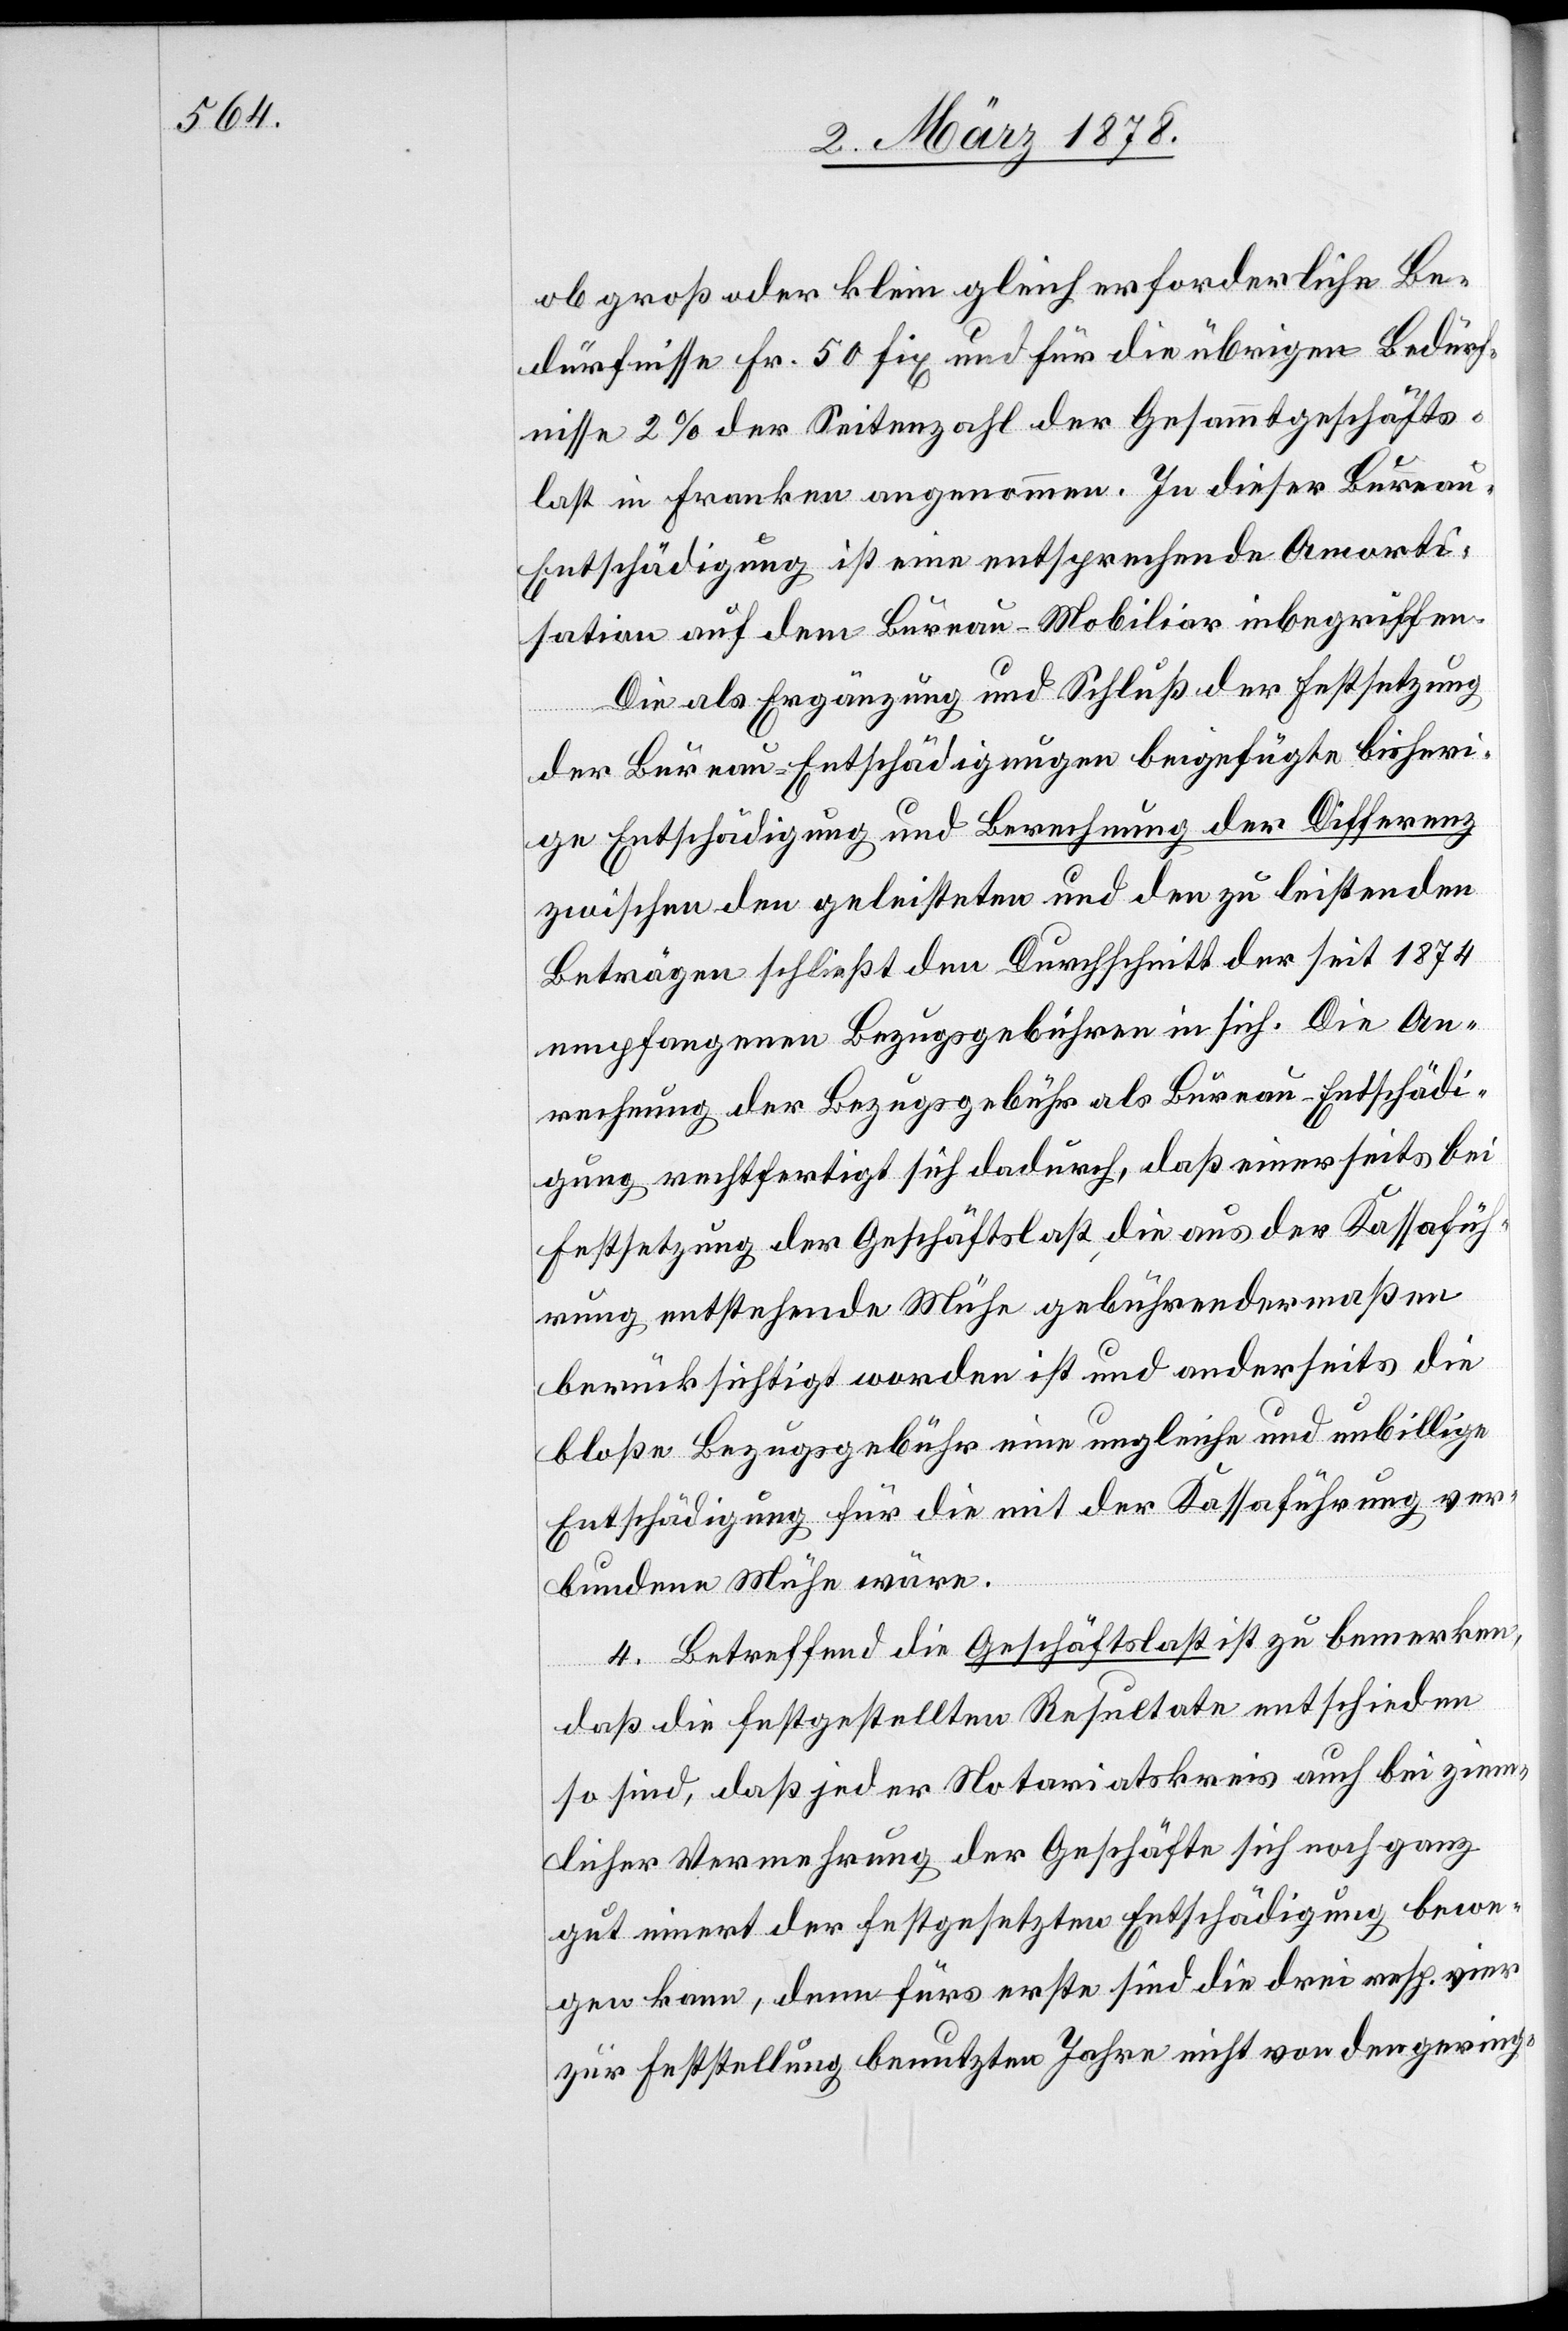
ob groß oder klein gleich erforderliche Be¬
dürfnisse Fr. 50 fix und für die übrigen Bedürf¬
nisse 2% der Seitenzahl der Gesammtgeschäfts¬
last in Franken angenommen. In dieser Burea¬
u-Entschädigung ist eine entsprechende Amorti¬
sation auf dem Bureau-Mobiliar inbegriffen.
Die als Ergänzung und Schluß der Festsetzung
der Bureau-Entschädigungen beigefügten bisheri¬
ge Entschädigung und Berechnung der Differenz
zwischen dem geleisteten und den zu leistenden
Beträgen schließt den Durchschnitt der seit 1874
empfangenen Bezugsgebühren in sich. Die An¬
rechnung der Bezugsgebühr als Bureau-Entschädi¬
gung rechtfertigt sich dadurch, daß einerseits bei
Festsetzung der Geschäftslast, die aus der Kassafüh¬
rung entstehende Mühe gebührendermaßen
berücksichtigt worden ist und anderseits die
bloße Bezugsgebühr eine ungleiche und unbillige
Entschädigung für die mit der Kassaführung ver¬
bundene Mühe wäre.
4. Betreffend die Geschäftslast ist zu bemerken,
daß die festgestellten Resultate entschieden
so sind, daß jeder Notariatskreis auch bei zins¬
licher Vermehrung der Geschäfte sich noch ganz
gut innert der festgesetzten Entschädigung bewe¬
gen kann, denn fürs erste sind die drei resp. vier
zur Feststellung benutzten Jahre nicht von den gering-